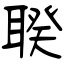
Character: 聧